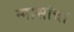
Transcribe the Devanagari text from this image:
न्यासांचा